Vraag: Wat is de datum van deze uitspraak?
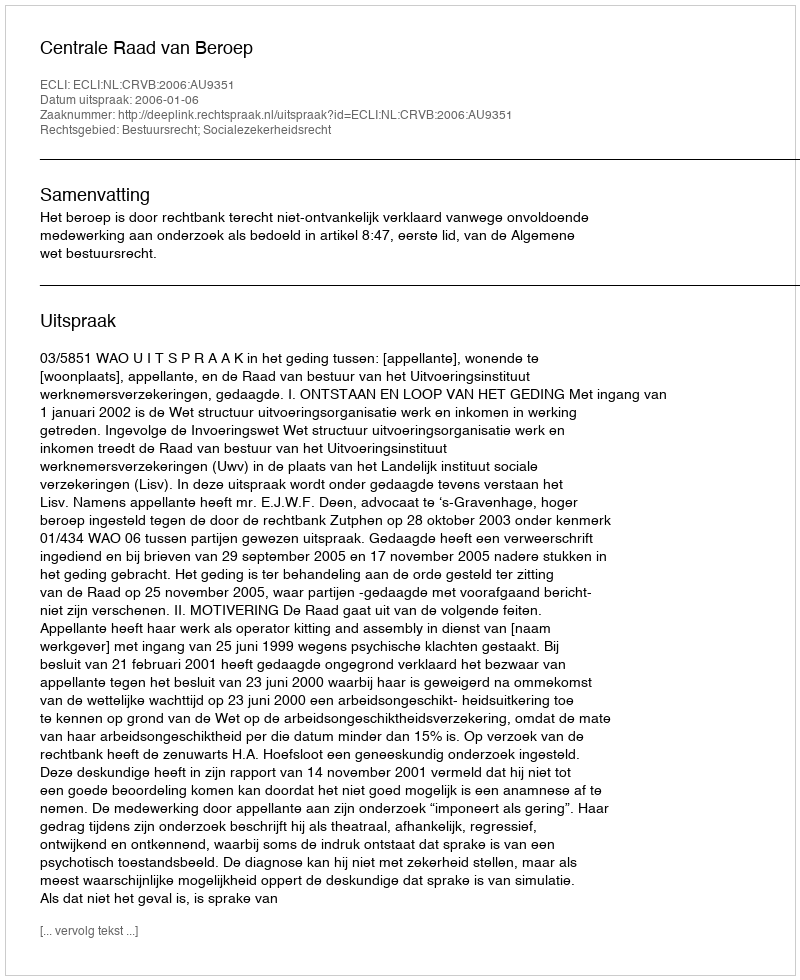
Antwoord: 2006-01-06